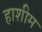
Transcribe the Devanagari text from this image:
हाशीम